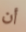
أن